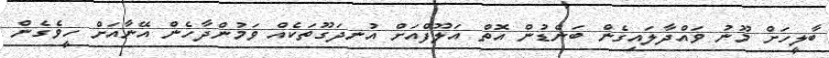
ބާލީހަށް މޫނު ވައްދާލައިގެން ބަންޑުން އޮތް އަލޫފްއަށް އުނދަގޫތަކެއް ވަމުންދާހެން އޭނާއަށް ހީވެގެން